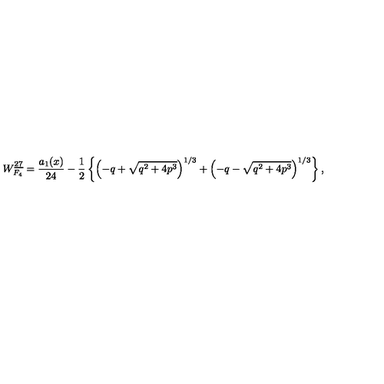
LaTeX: W _ { F _ { 4 } } ^ { \underline { { 2 7 } } } = { \frac { a _ { 1 } ( x ) } { 2 4 } } - { \frac { 1 } { 2 } } \left\{ \left( - q + \sqrt { q ^ { 2 } + 4 p ^ { 3 } } \right) ^ { 1 / 3 } + \left( - q - \sqrt { q ^ { 2 } + 4 p ^ { 3 } } \right) ^ { 1 / 3 } \right\} ,